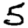
Digit: 5